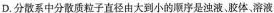
D.分散系中分散质粒子直径由大到小的顺序是浊液、胶体、溶液